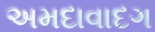
અમદાવાદગ